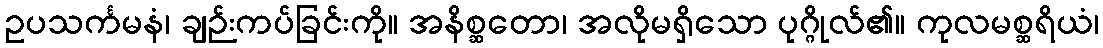
ဥပသင်္ကမနံ၊ ချဉ်းကပ်ခြင်းကို။ အနိစ္ဆတော၊ အလိုမရှိသော ပုဂ္ဂိုလ်၏။ ကုလမစ္ဆရိယံ၊